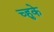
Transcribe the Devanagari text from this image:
च्हुके